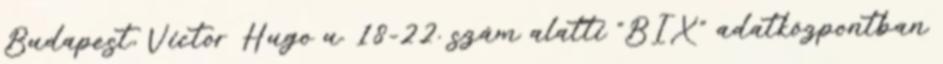
Budapest, Victor Hugo u. 18-22. szám alatti "BIX" adatközpontban